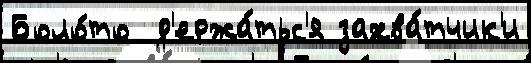
Боло́то  д'ержа́тьс'я захва́тчик'и